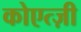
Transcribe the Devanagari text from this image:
कोएत्ज़ी